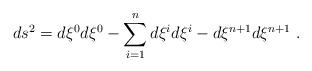
LaTeX: \begin{align*} ds^2=d\xi^0d\xi^0 - \sum_{i=1}^{n}d\xi^id\xi^i -d\xi^{n+1}d\xi^{n+1}~.\end{align*}